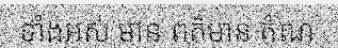
ទាំងអស់ មាន ពត៌មាន តំណ